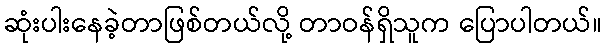
ဆုံးပါးနေခဲ့တာဖြစ်တယ်လို့ တာဝန်ရှိသူက ပြောပါတယ်။